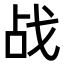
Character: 战